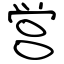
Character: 営